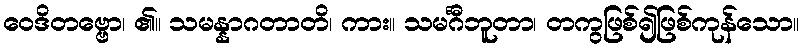
ဝေဒိတဗ္ဗော၊ ၏။ သမန္နာဂတာတိ၊ ကား။ သမင်္ဂီဘူတာ၊ တကွဖြစ်၍ဖြစ်ကုန်သော။